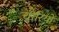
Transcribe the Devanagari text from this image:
चीरियो